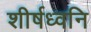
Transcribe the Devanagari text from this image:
शीर्षध्वनि